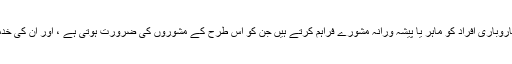
بزنس کنسلٹنٹس ایسے کاروباری افراد کو ماہر یا پیشہ ورانہ مشورے فراہم کرتے ہیں جن کو اس طرح کے مشوروں کی ضرورت ہوتی ہے ، اور ان کی خدمات سستی نہیں آتی ہیں۔